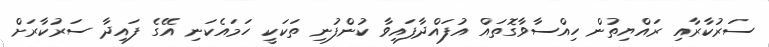
ސަރުކާރާއި ރައްޔިތުން ހިއްސާވާގޮތައް އުފައްދާފައިވާ ކުންފުނި ތަކަކީ ހަމައެކަނި އޭގެ ފައިދާ ސަރުކާރަށް